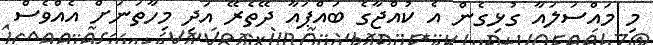
މި މައްސަލައާ ގުޅިގެން އެ ކުއްޖާގެ ބައްޕައާ ދޭތެރޭ އަދި މިހާތަނަށް އެއްވެސް